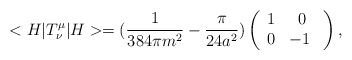
\begin{align*}<H|T^{\mu}_{\nu}|H>=(\frac{1}{384\pi m^{2}}-\frac{\pi}{24 a^{2}})\left(\begin{array}{cc} 1 & 0 \\ 0 & -1\ \end{array}\right),\end{align*}